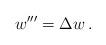
LaTeX: \begin{align*}w'''=\Delta w\,.\end{align*}